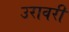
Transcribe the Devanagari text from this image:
उरावरी